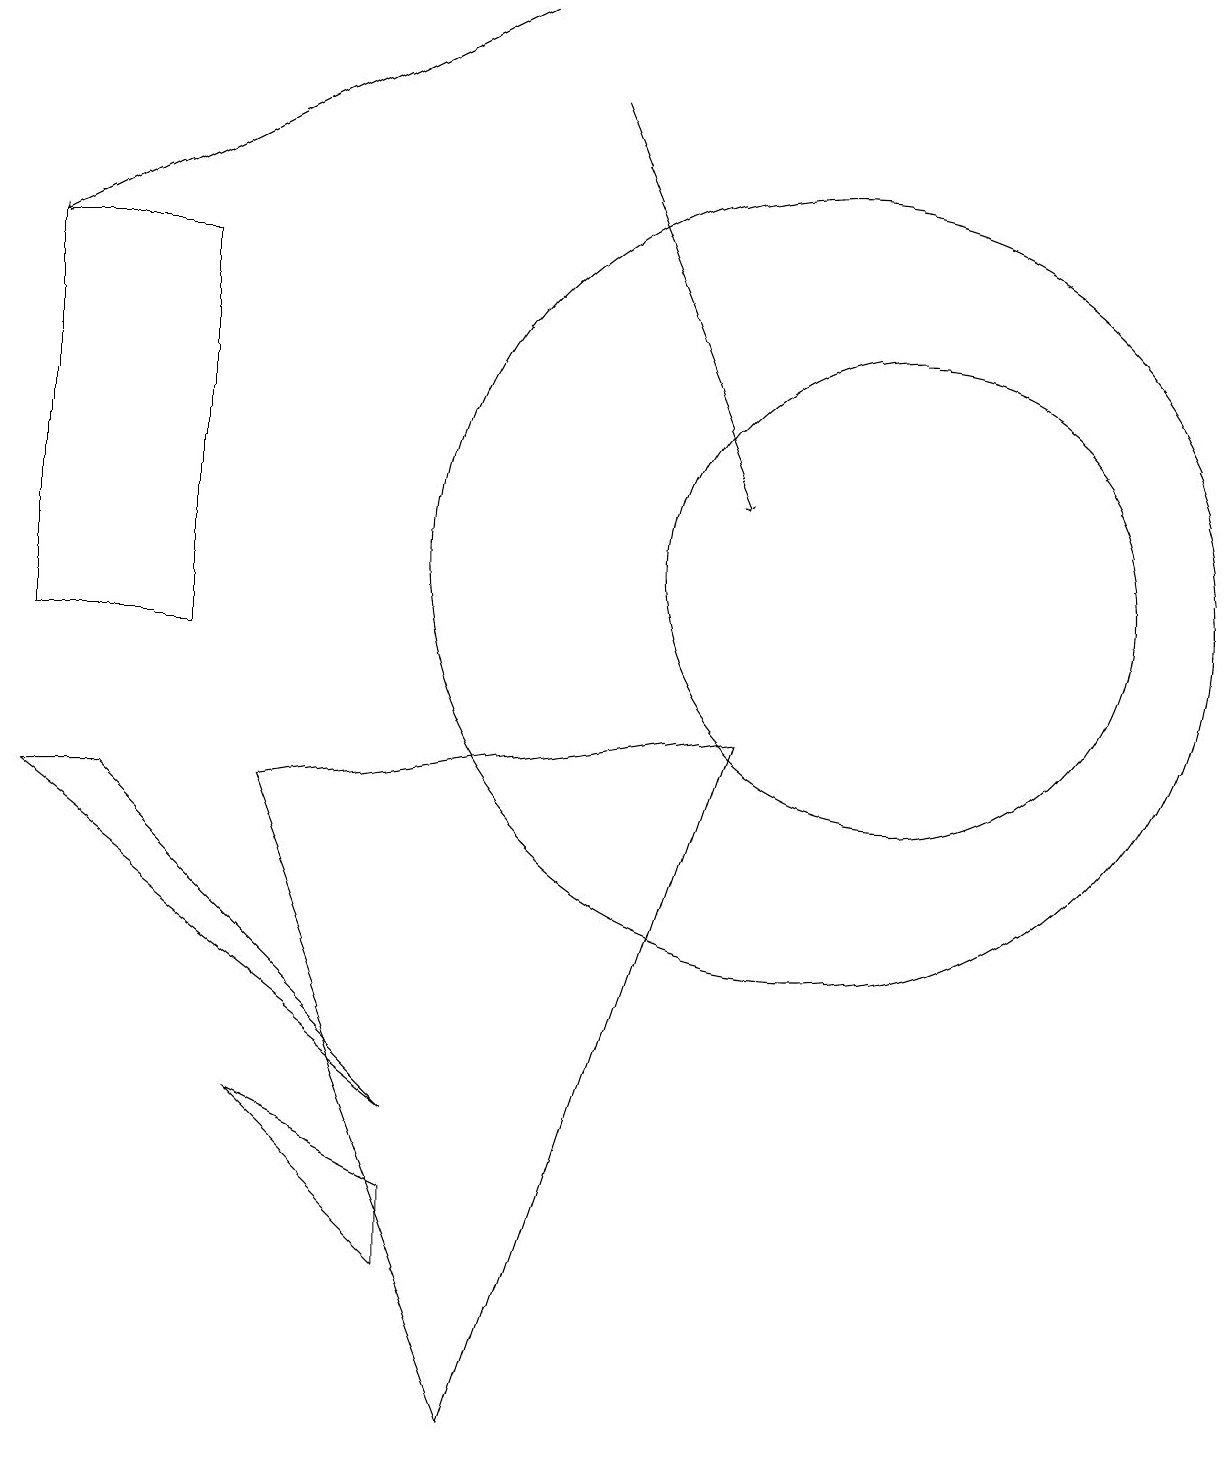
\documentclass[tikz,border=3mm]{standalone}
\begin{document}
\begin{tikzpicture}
\draw (1,8) -- (0,8) -- (5,4) -- cycle;
\draw (11,11) circle (3);
\draw (0,15) rectangle (2,10);
\draw[->] (6,18) -- (0,15);
\draw[->] (7,17) -- (9,12);
\draw (3,8) -- (6,0) -- (9,9) -- cycle;
\draw (5,2) -- (5,3) -- (3,4) -- cycle;
\draw (10,11) circle (5);
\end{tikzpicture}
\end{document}